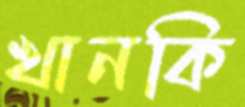
খানকি